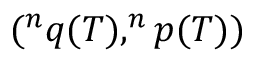
( ^ { n } q ( T ) , ^ { n } p ( T ) )